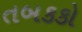
તબકકો